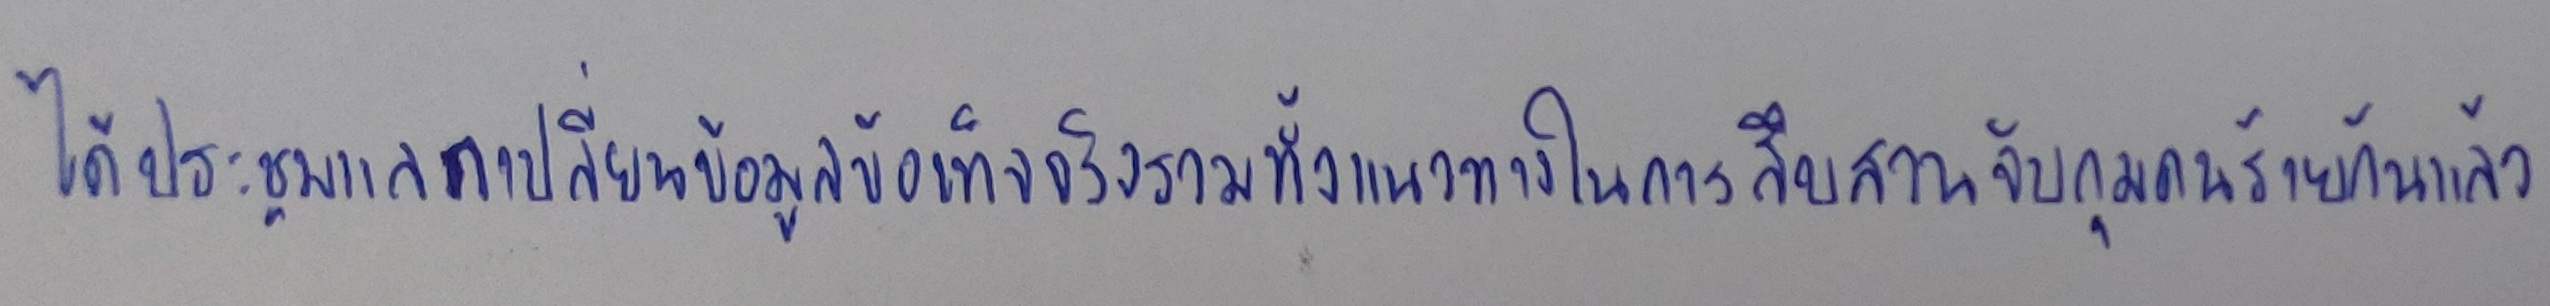
ได้ประชุมแลกเปลี่ยนข้อมูลข้อเท็จจริงรวมทั้งแนวทางในการสืบสวนจับกุมคนร้ายกันแล้ว